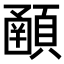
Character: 𩔞